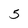
Character: 5